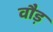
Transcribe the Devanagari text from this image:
वौड़